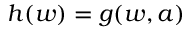
h ( w ) = g ( w , a )